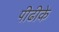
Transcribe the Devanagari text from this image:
पीढीके